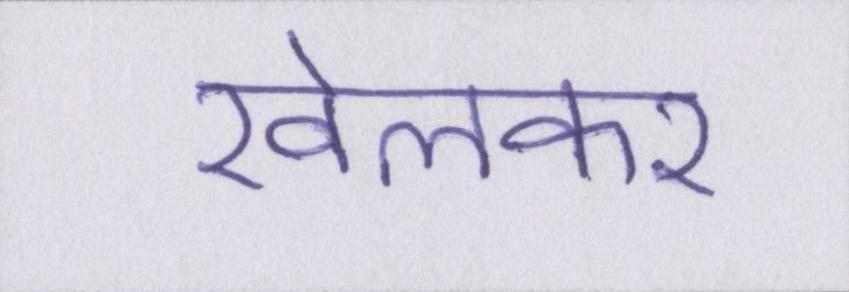
खेलकर